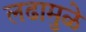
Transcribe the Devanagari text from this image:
लढामुळे